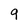
Character: 9